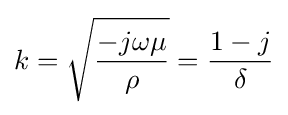
k={\sqrt {\frac {-j\omega \mu }{\rho }}}={\frac {1-j}{\delta }}